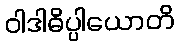
ဝါဒါဓိပ္ပါယောတိ